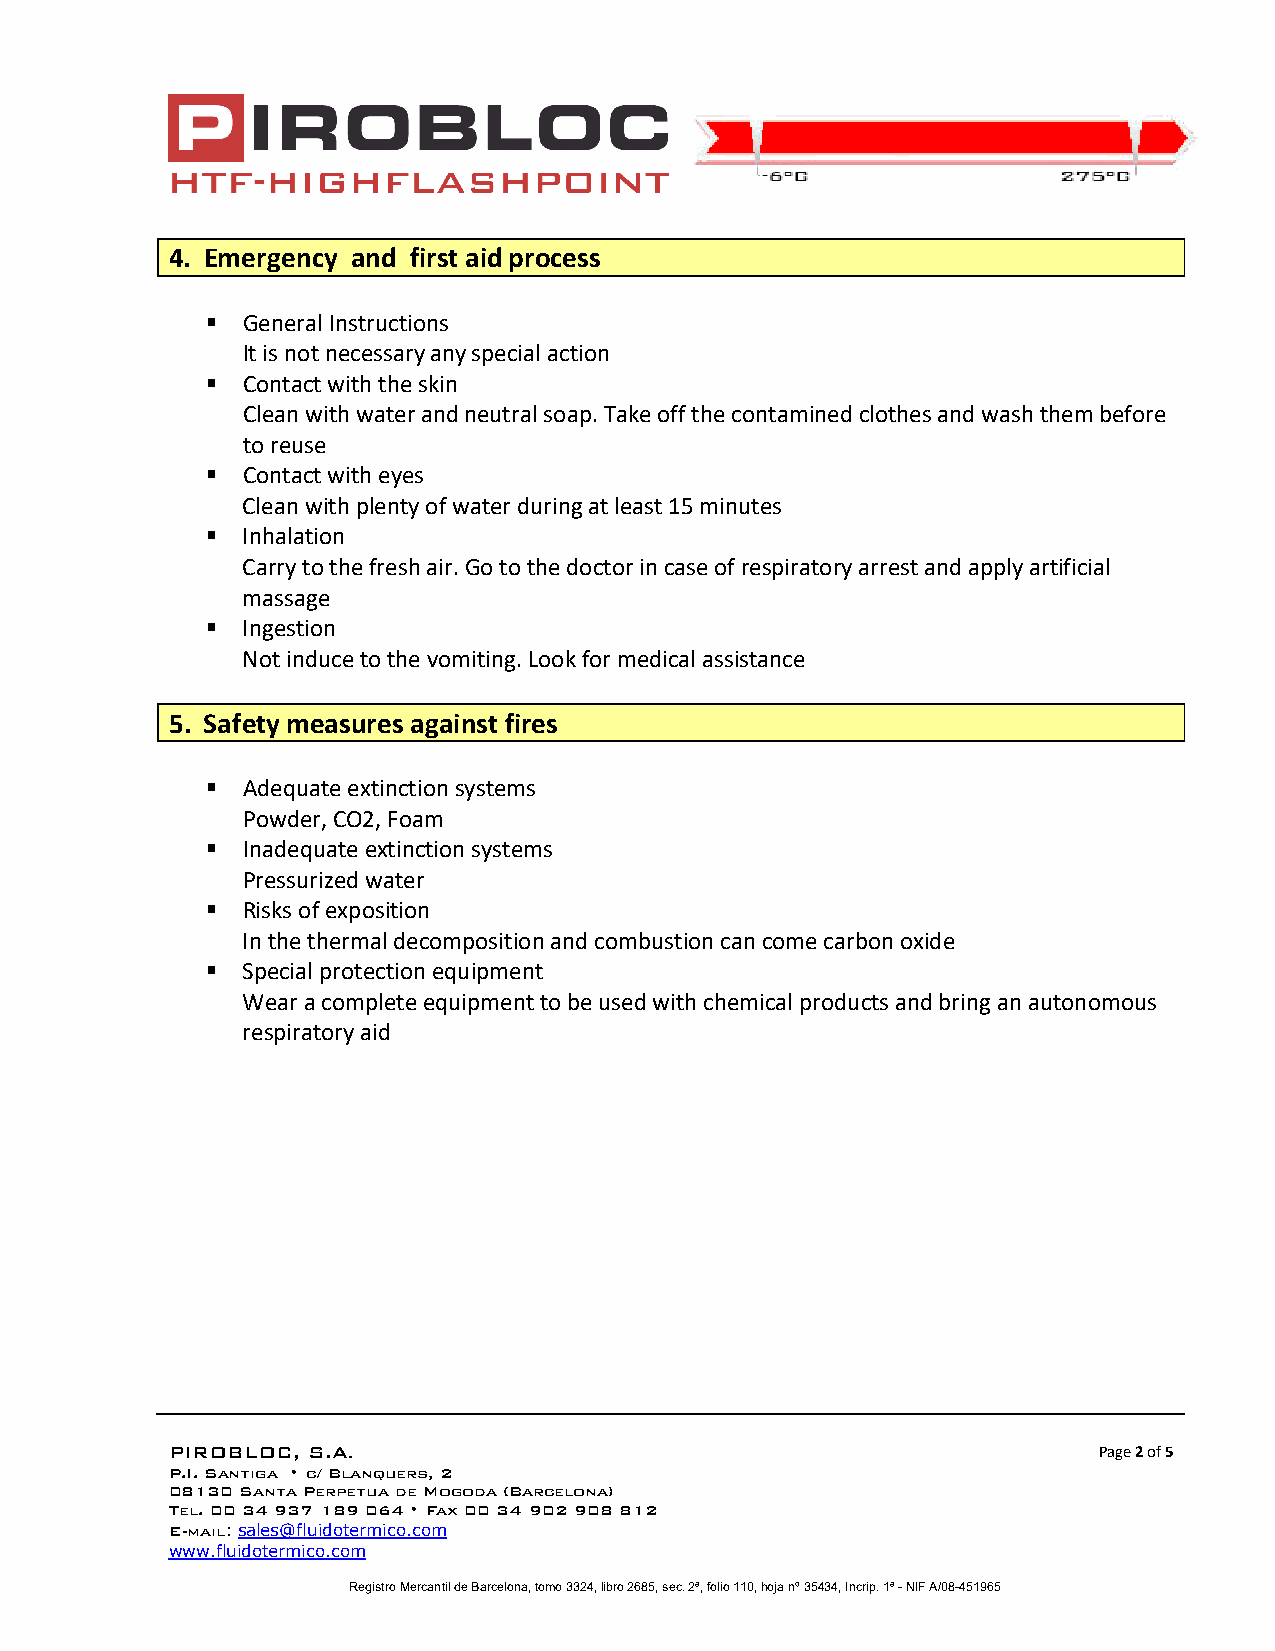
4. Emergency and first aid process
  General Instructions
 It is not necessary any special action
  Contact with the skin
 Clean with water and neutral soap. Take off the contamined clothes and wash them before
 to reuse
  Contact with eyes
 Clean with plenty of water during at least 15 minutes
  Inhalation
 Carry to the fresh air. Go to the doctor in case of respiratory arrest and apply artificial
 massage
  Ingestion
 Not induce to the vomiting. Look for medical assistance
 5. Safety measures against fires
  Adequate extinction systems
 Powder, CO2, Foam
  Inadequate extinction systems
 Pressurized water
  Risks of exposition
 In the thermal decomposition and combustion can come carbon oxide
  Special protection equipment
 Wear a complete equipment to be used with chemical products and bring an autonomous
 respiratory aid
 PIROBLOC, S.A.                                                Page 2 of 5
 P.I. Santiga • c/ Blanquers, 2
 08130 Santa Perpetua de Mogoda (Barcelona)
 Tel. 00 34 937 189 064 • Fax 00 34 902 908 812
 E-mail: sales@fluidotermico.com
 www.fluidotermico.com
 Registro Mercantil de Barcelona, tomo 3324, libro 2685, sec. 2ª, folio 110, hoja nº 35434, Incrip. 1ª - NIF A/08-451965